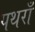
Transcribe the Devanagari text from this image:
पथराँ